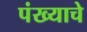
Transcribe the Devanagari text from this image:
पंख्याचे